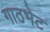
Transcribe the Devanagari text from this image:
गाठभेट